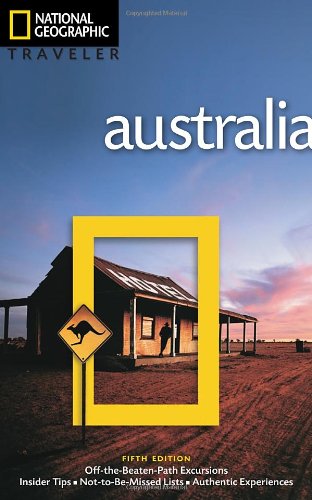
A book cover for National Geographic Traveler: Australia, 5th Edition; Roff Martin Smith; Travel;